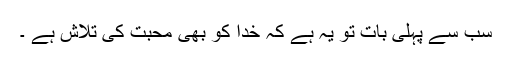
سب سے پہلی بات تو یہ ہے کہ خدا کو بھی محبت کی تلاش ہے ۔